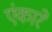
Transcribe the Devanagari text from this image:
एंकारे